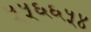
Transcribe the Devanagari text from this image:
५५६६५४